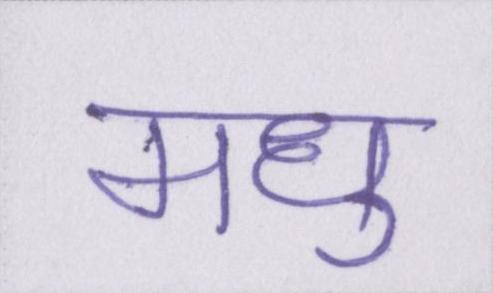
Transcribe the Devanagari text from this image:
मधु